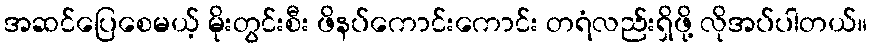
အဆင်ပြေစေမယ့် မိုးတွင်းစီး ဖိနပ်ကောင်းကောင်း တရံလည်းရှိဖို့ လိုအပ်ပါတယ်။